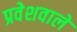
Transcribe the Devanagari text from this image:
प्रवेशवाले